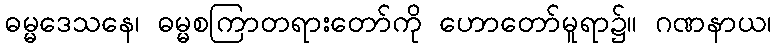
ဓမ္မဒေသနေ၊ ဓမ္မစကြာတရားတော်ကို ဟောတော်မူရာ၌။ ဂဏနာယ၊